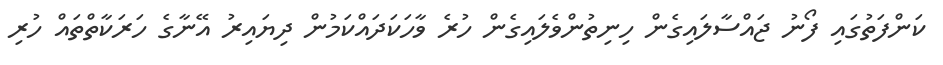
ކަންފަތުގައި ފޯނު ޖައްސާލައިގެން ހިނިތުންވެލައިގެން ހުރެ ވާހަކަދައްކަމުން ދިޔައިރު އޭނާގެ ހަރަކާތްތައް ހުރި